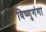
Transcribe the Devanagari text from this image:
विष्णुगंगा